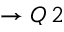
\to Q \, 2